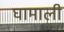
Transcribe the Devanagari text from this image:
घामाली